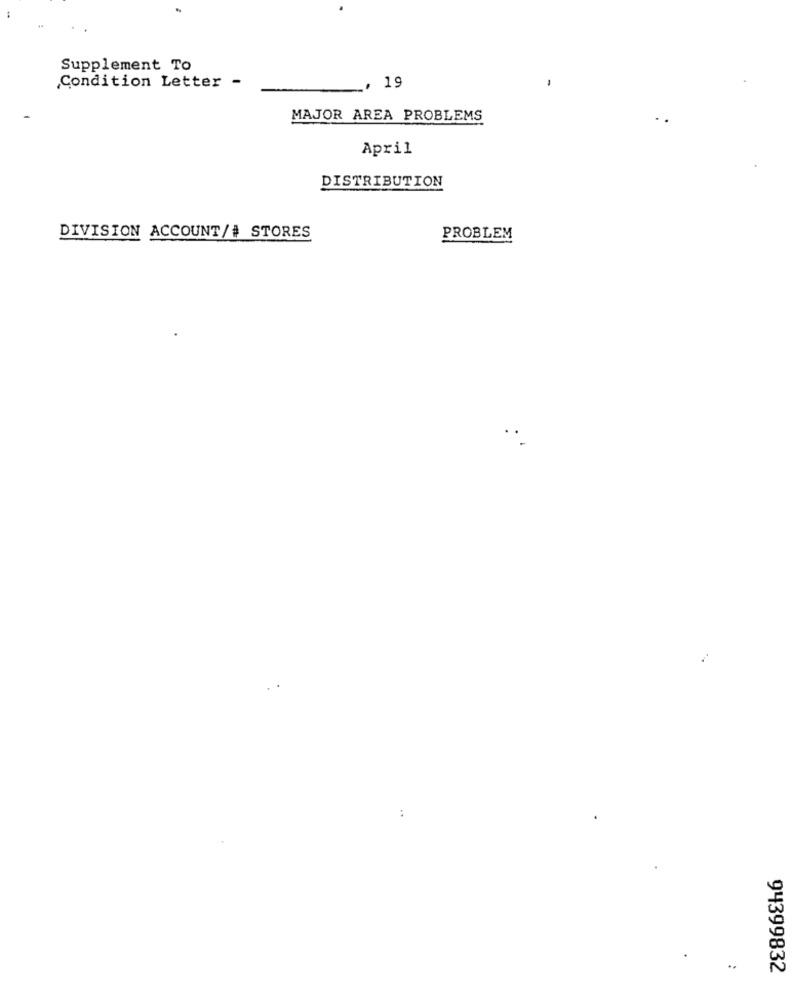
Supplement To
Condition Letter -
19
MAJOR AREA PROBLEMS
April
DISTRIBUTION
DIVISION ACCOUNT/# STORES
PROBLEM
..
94399832